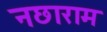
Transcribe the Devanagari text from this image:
नछाराम